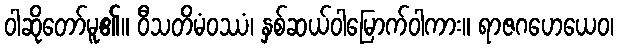
ဝါဆိုတော်မူ၏။ ဝီသတိမံဝဿံ၊ နှစ်ဆယ်ဝါမြောက်ဝါကား။ ရာဇဂဟေယေဝ၊